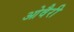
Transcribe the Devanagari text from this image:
ओवैरी